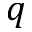
q